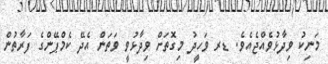
މަނިކު ވިދާޅުވެއްޖެއެވެ. ޑރ ވަހީދު މިގޮތަށް ވިދާޅުވީ ވަތަން އެދޭ ކެމްޕޭންގެ ފަރާތުން